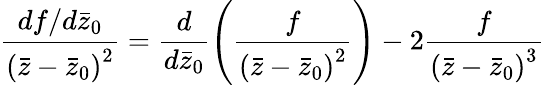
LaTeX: \frac{df/d\bar{z}_{0}}{\left(\bar{z}-\bar{z}_{0}\right)^{2}}=\frac{d}{d\bar{z}_{0}}\left(\frac{f}{\left(\bar{z}-\bar{z}_{0}\right)^{2}}\right)-2\frac{f}{\left(\bar{z}-\bar{z}_{0}\right)^{3}}